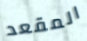
المقعد